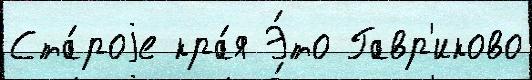
Ста́роjе кра́я Э́то Гавр'иково